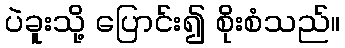
ပဲခူးသို့ ပြောင်း၍ စိုးစံသည်။